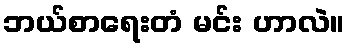
ဘယ်စာရေးတံ မင်း ဟာလဲ။